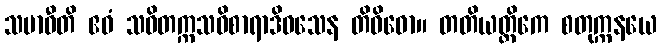
သမာဓီတိ ဧဝံ သဝိတက္ကသဝိစာရာဒိဝသေန တိဝိဓော။ တတိယတ္တိကေ စတုက္ကနယေ